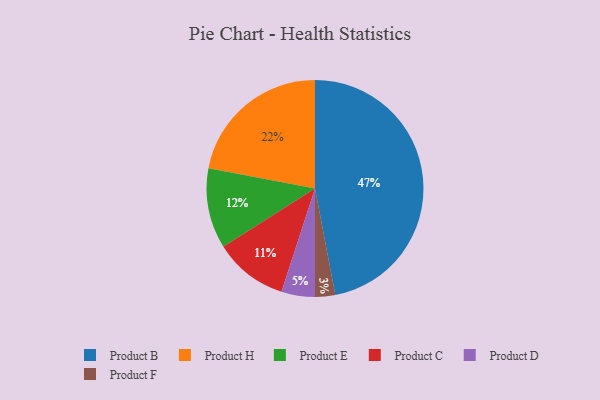
{"axis": {"x": "Category", "y": "Percentage"}, "legend": ["Product B", "Product C", "Product D", "Product E", "Product F", "Product H"], "data": [{"x": "Product H", "y": 22, "type": "Product H"}, {"x": "Product D", "y": 5, "type": "Product D"}, {"x": "Product E", "y": 12, "type": "Product E"}, {"x": "Product F", "y": 3, "type": "Product F"}, {"x": "Product C", "y": 11, "type": "Product C"}, {"x": "Product B", "y": 47, "type": "Product B"}]}